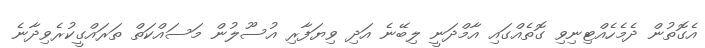
އެގޮތުން ދެމެހެއްޓިނިވި ގޮތެއްގައި އާމްދަނީ ލިބޭނެ އަދި ވިޔަފާރި އުސޫލުން މަސައްކަތް ތަރައްގީކުރެވިދާނެ